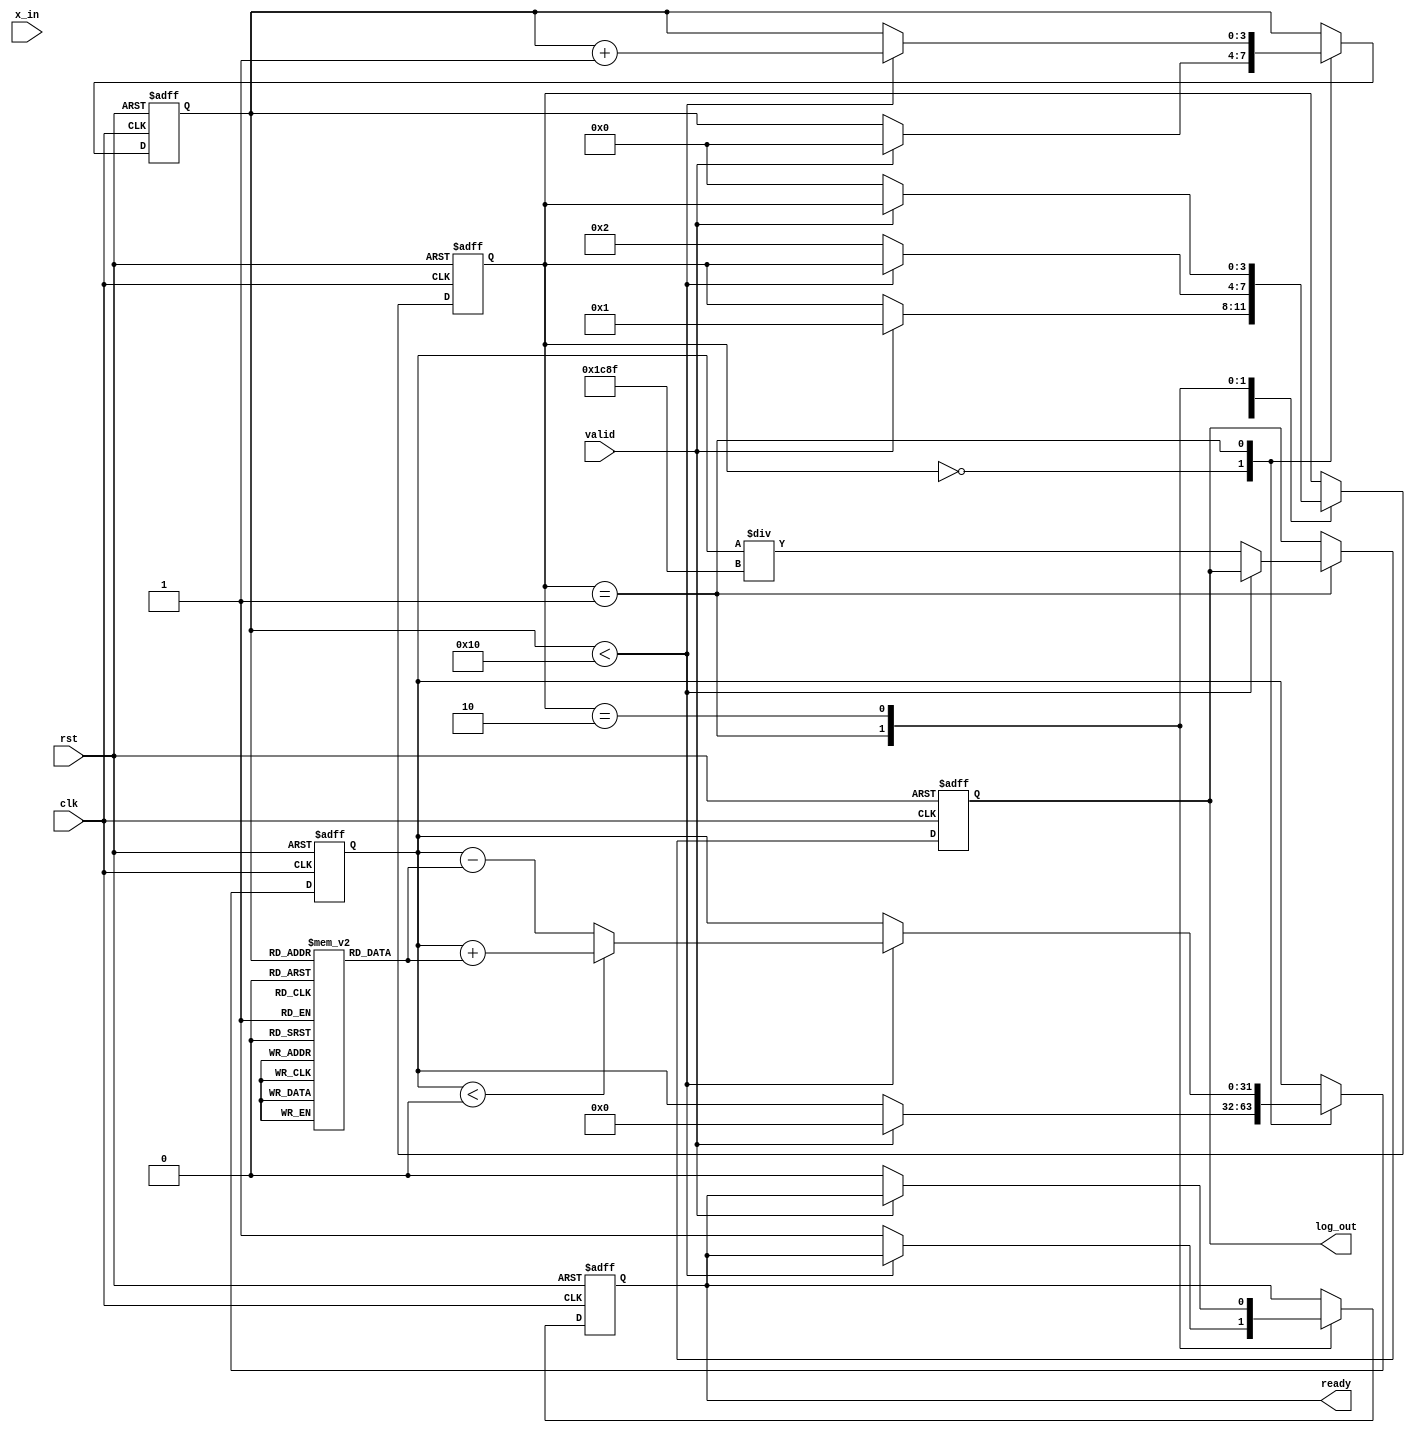
module cordic_log (
    input clk,
    input rst,
    input valid,
    input [31:0] x_in,  // Input value (fixed-point representation)
    output reg [31:0] log_out,  // Output logarithmic value (fixed-point representation)
    output reg ready  // Ready signal indicating output is valid
);

    // Parameters
    parameter NUM_ITERATIONS = 16;  // Number of iterations for CORDIC
    parameter CORDIC_SCALE = 32'h1C8F; // Scaling factor for CORDIC (2^(-NUM_ITERATIONS))

    // State declaration
    reg [3:0] state;
    reg [3:0] iteration;
    reg signed [31:0] x, y, z;  // x, y, z in fixed-point
    reg signed [31:0] angle_table [0:NUM_ITERATIONS-1]; // Angle table for arctangents

    // Initialization of the angle table
    initial begin
        angle_table[0] = 32'h324D; // atan(0.5) in fixed-point
        angle_table[1] = 32'h1DAC; // atan(0.25)
        angle_table[2] = 32'h0FA7; // atan(0.125)
        // Fill in the rest of the angle values...
        // Note: For real implementation, provide accurate atan values
    end

    // State machine for CORDIC operations
    always @(posedge clk or posedge rst) begin
        if (rst) begin
            state <= 0;
            iteration <= 0;
            x <= 0;
            y <= 0;
            z <= 0;
            log_out <= 0;
            ready <= 0;
        end else begin
            case (state)
                0: begin // Initialization
                    if (valid) begin
                        x <= x_in * CORDIC_SCALE; // Scale input
                        y <= 0; // Initialize y
                        z <= 0; // Initialize z
                        iteration <= 0;
                        state <= 1;
                    end
                end
                1: begin // Iteration process
                    if (iteration < NUM_ITERATIONS) begin
                        if (z < 0) begin
                            x <= x + (y >>> iteration);
                            y <= y - (x >>> iteration);
                            z <= z + angle_table[iteration];
                        end else begin
                            x <= x - (y >>> iteration);
                            y <= y + (x >>> iteration);
                            z <= z - angle_table[iteration];
                        end
                        iteration <= iteration + 1;
                    end else begin
                        // Output final logarithmic value
                        log_out <= z / CORDIC_SCALE; // Adjust for scaling
                        ready <= 1; // Indicate ready
                        state <= 2; // Move to final state
                    end
                end
                2: begin // Final state
                    if (!valid) begin
                        ready <= 0; // Clear ready signal
                        state <= 0; // Go back to initialization
                    end
                end
            endcase
        end
    end

endmodule